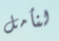
لنأمل